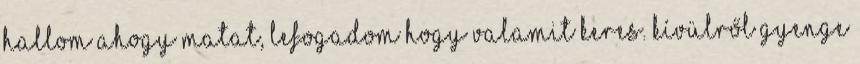
Hallom ahogy matat, lefogadom hogy valamit keres. Kívülről gyenge